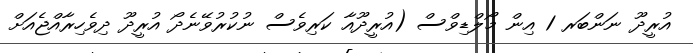
އުރީދޫ ނަންބަރ 1 އިން މޯލްޑިވްސް (އުރީދޫއާ ކަރިވެސް ނުކުރުވޭނެދޯ އުރީދޫ ދިވެހިރާއްޖެއަށް